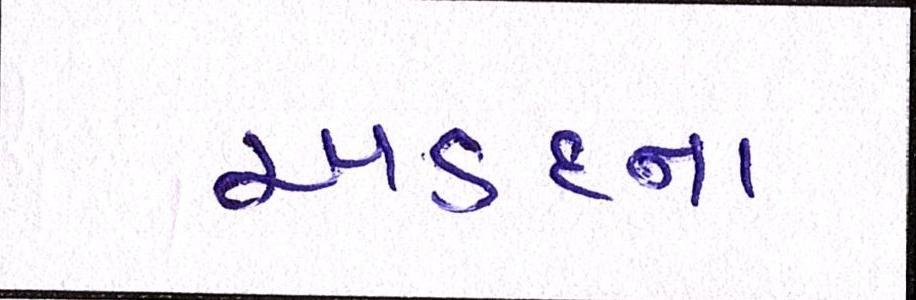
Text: અડદના